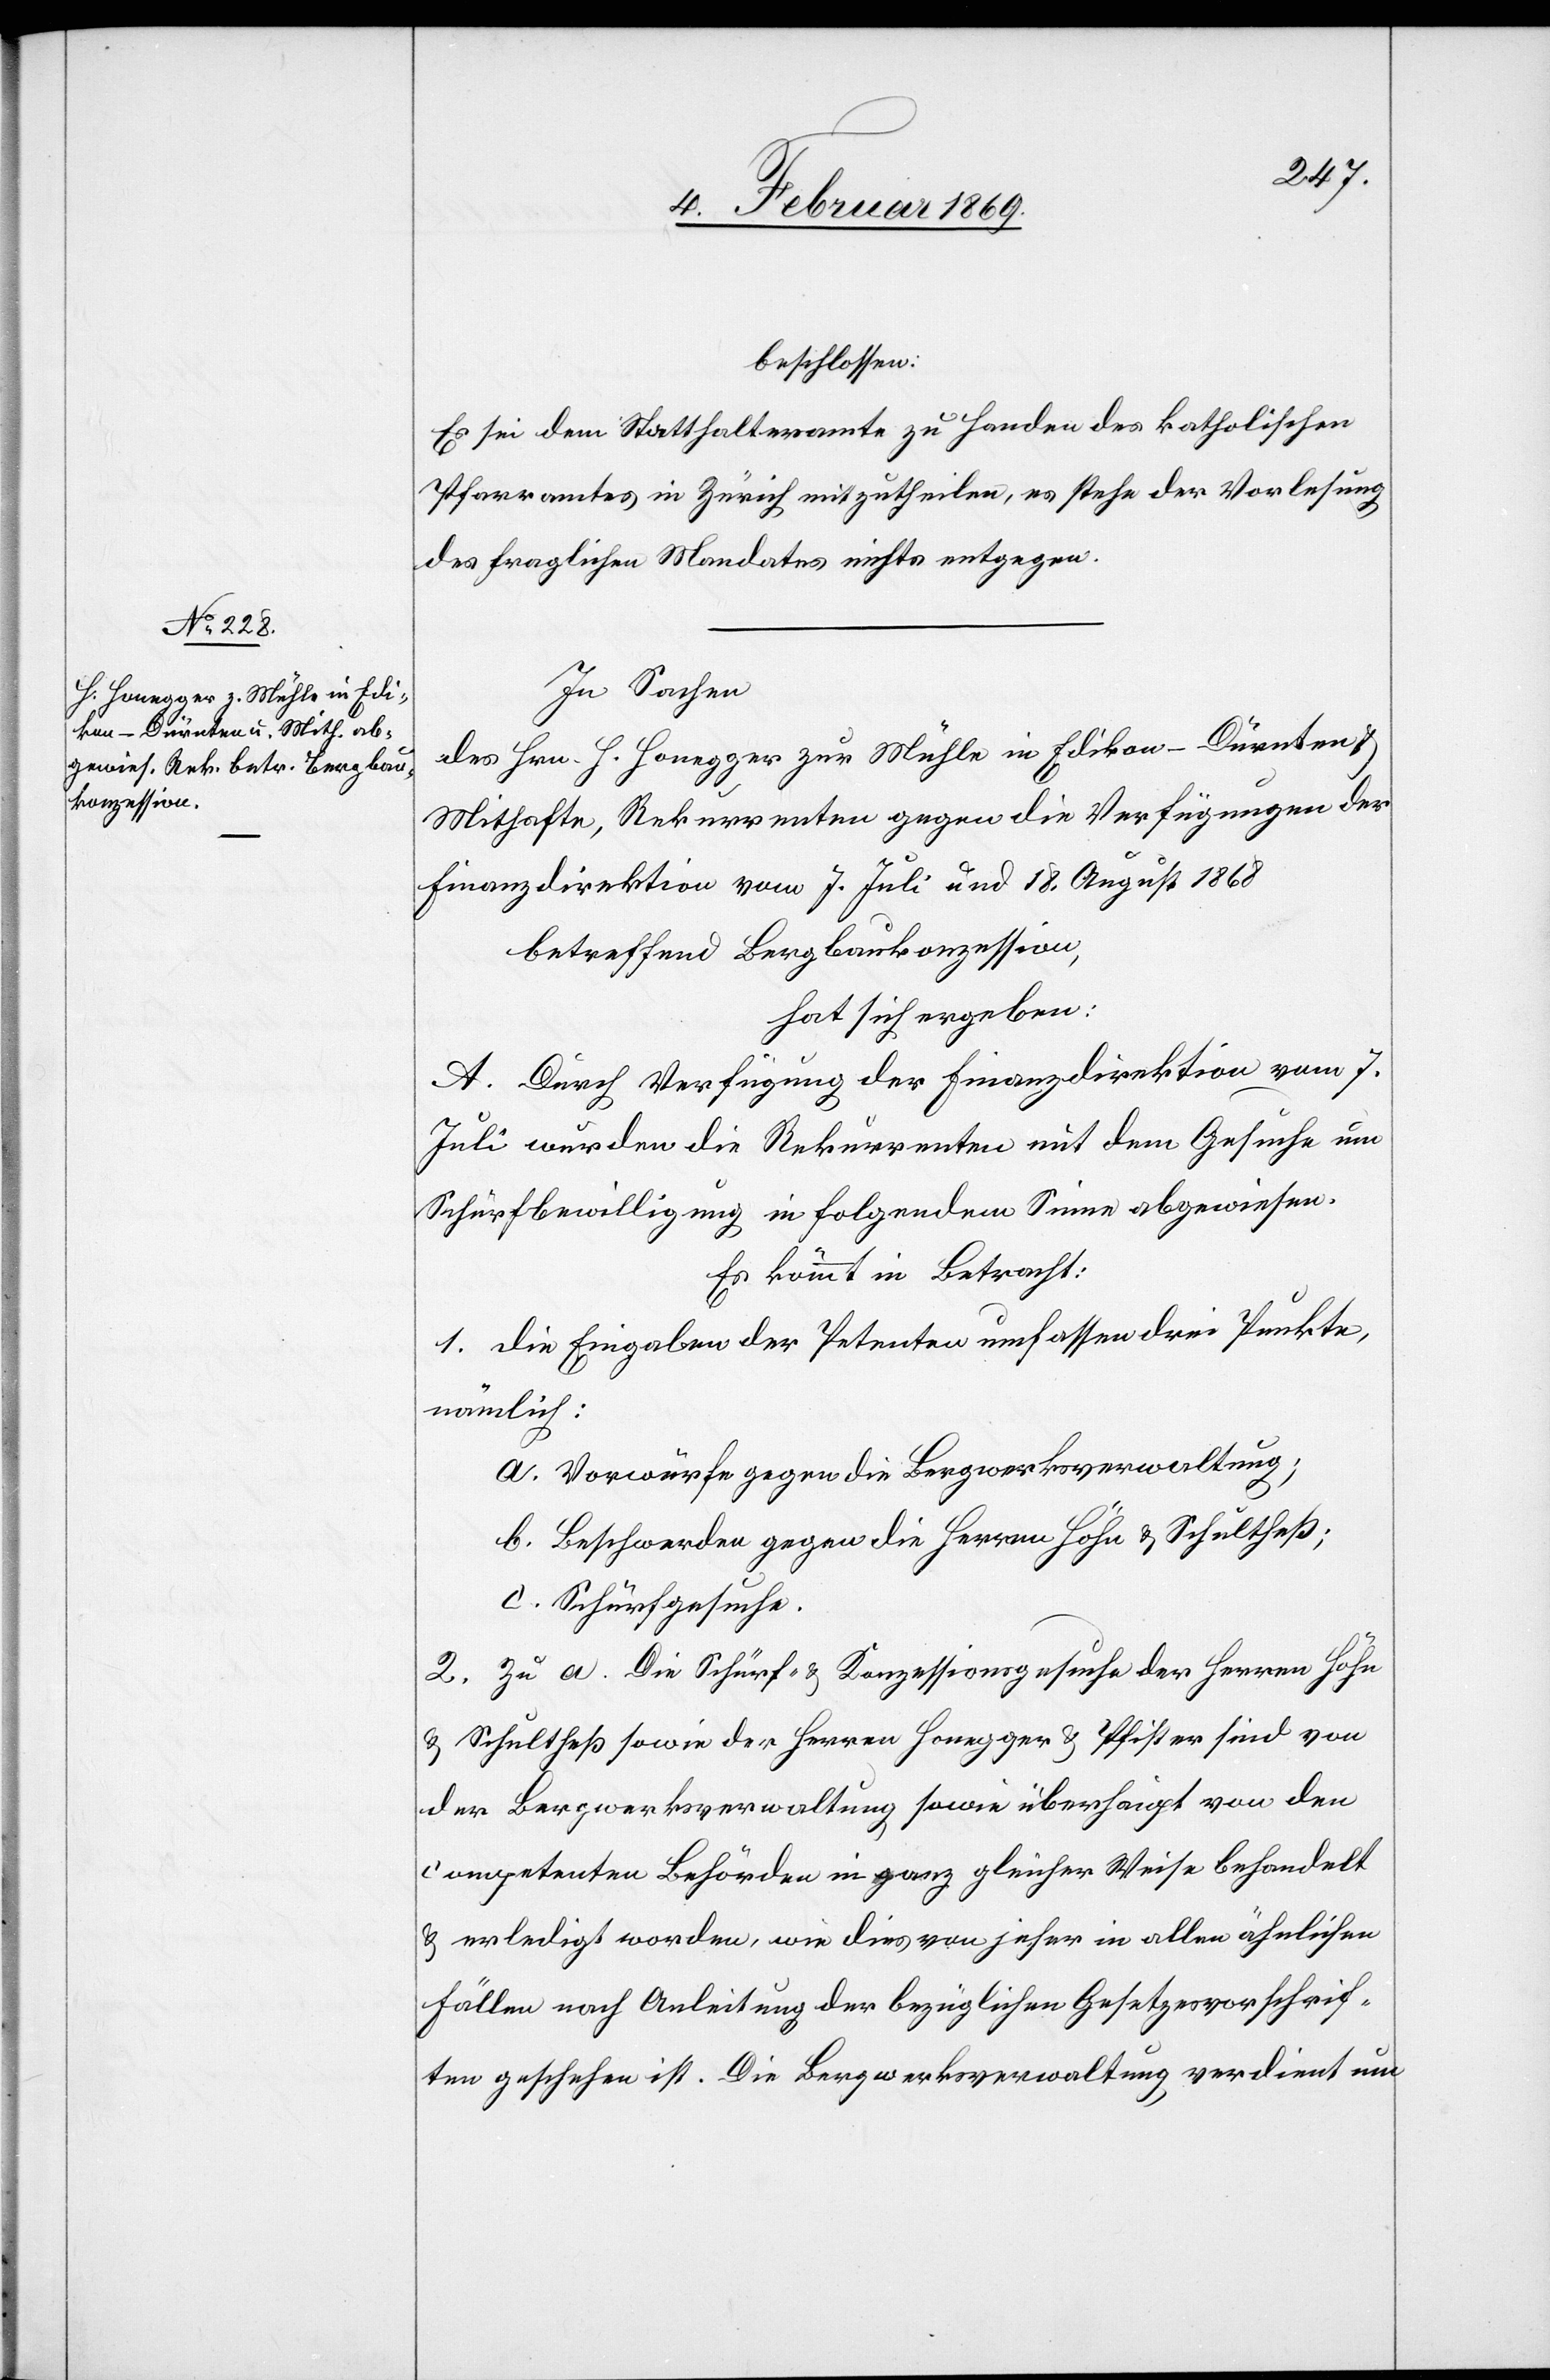
beschlossen:
Es sei dem Statthalteramt zu Handen des katholischen
Pfarramtes in Zürich mitzutheilen, es stehe der Vorlesung
des fraglichen Mandates nichts entgegen.